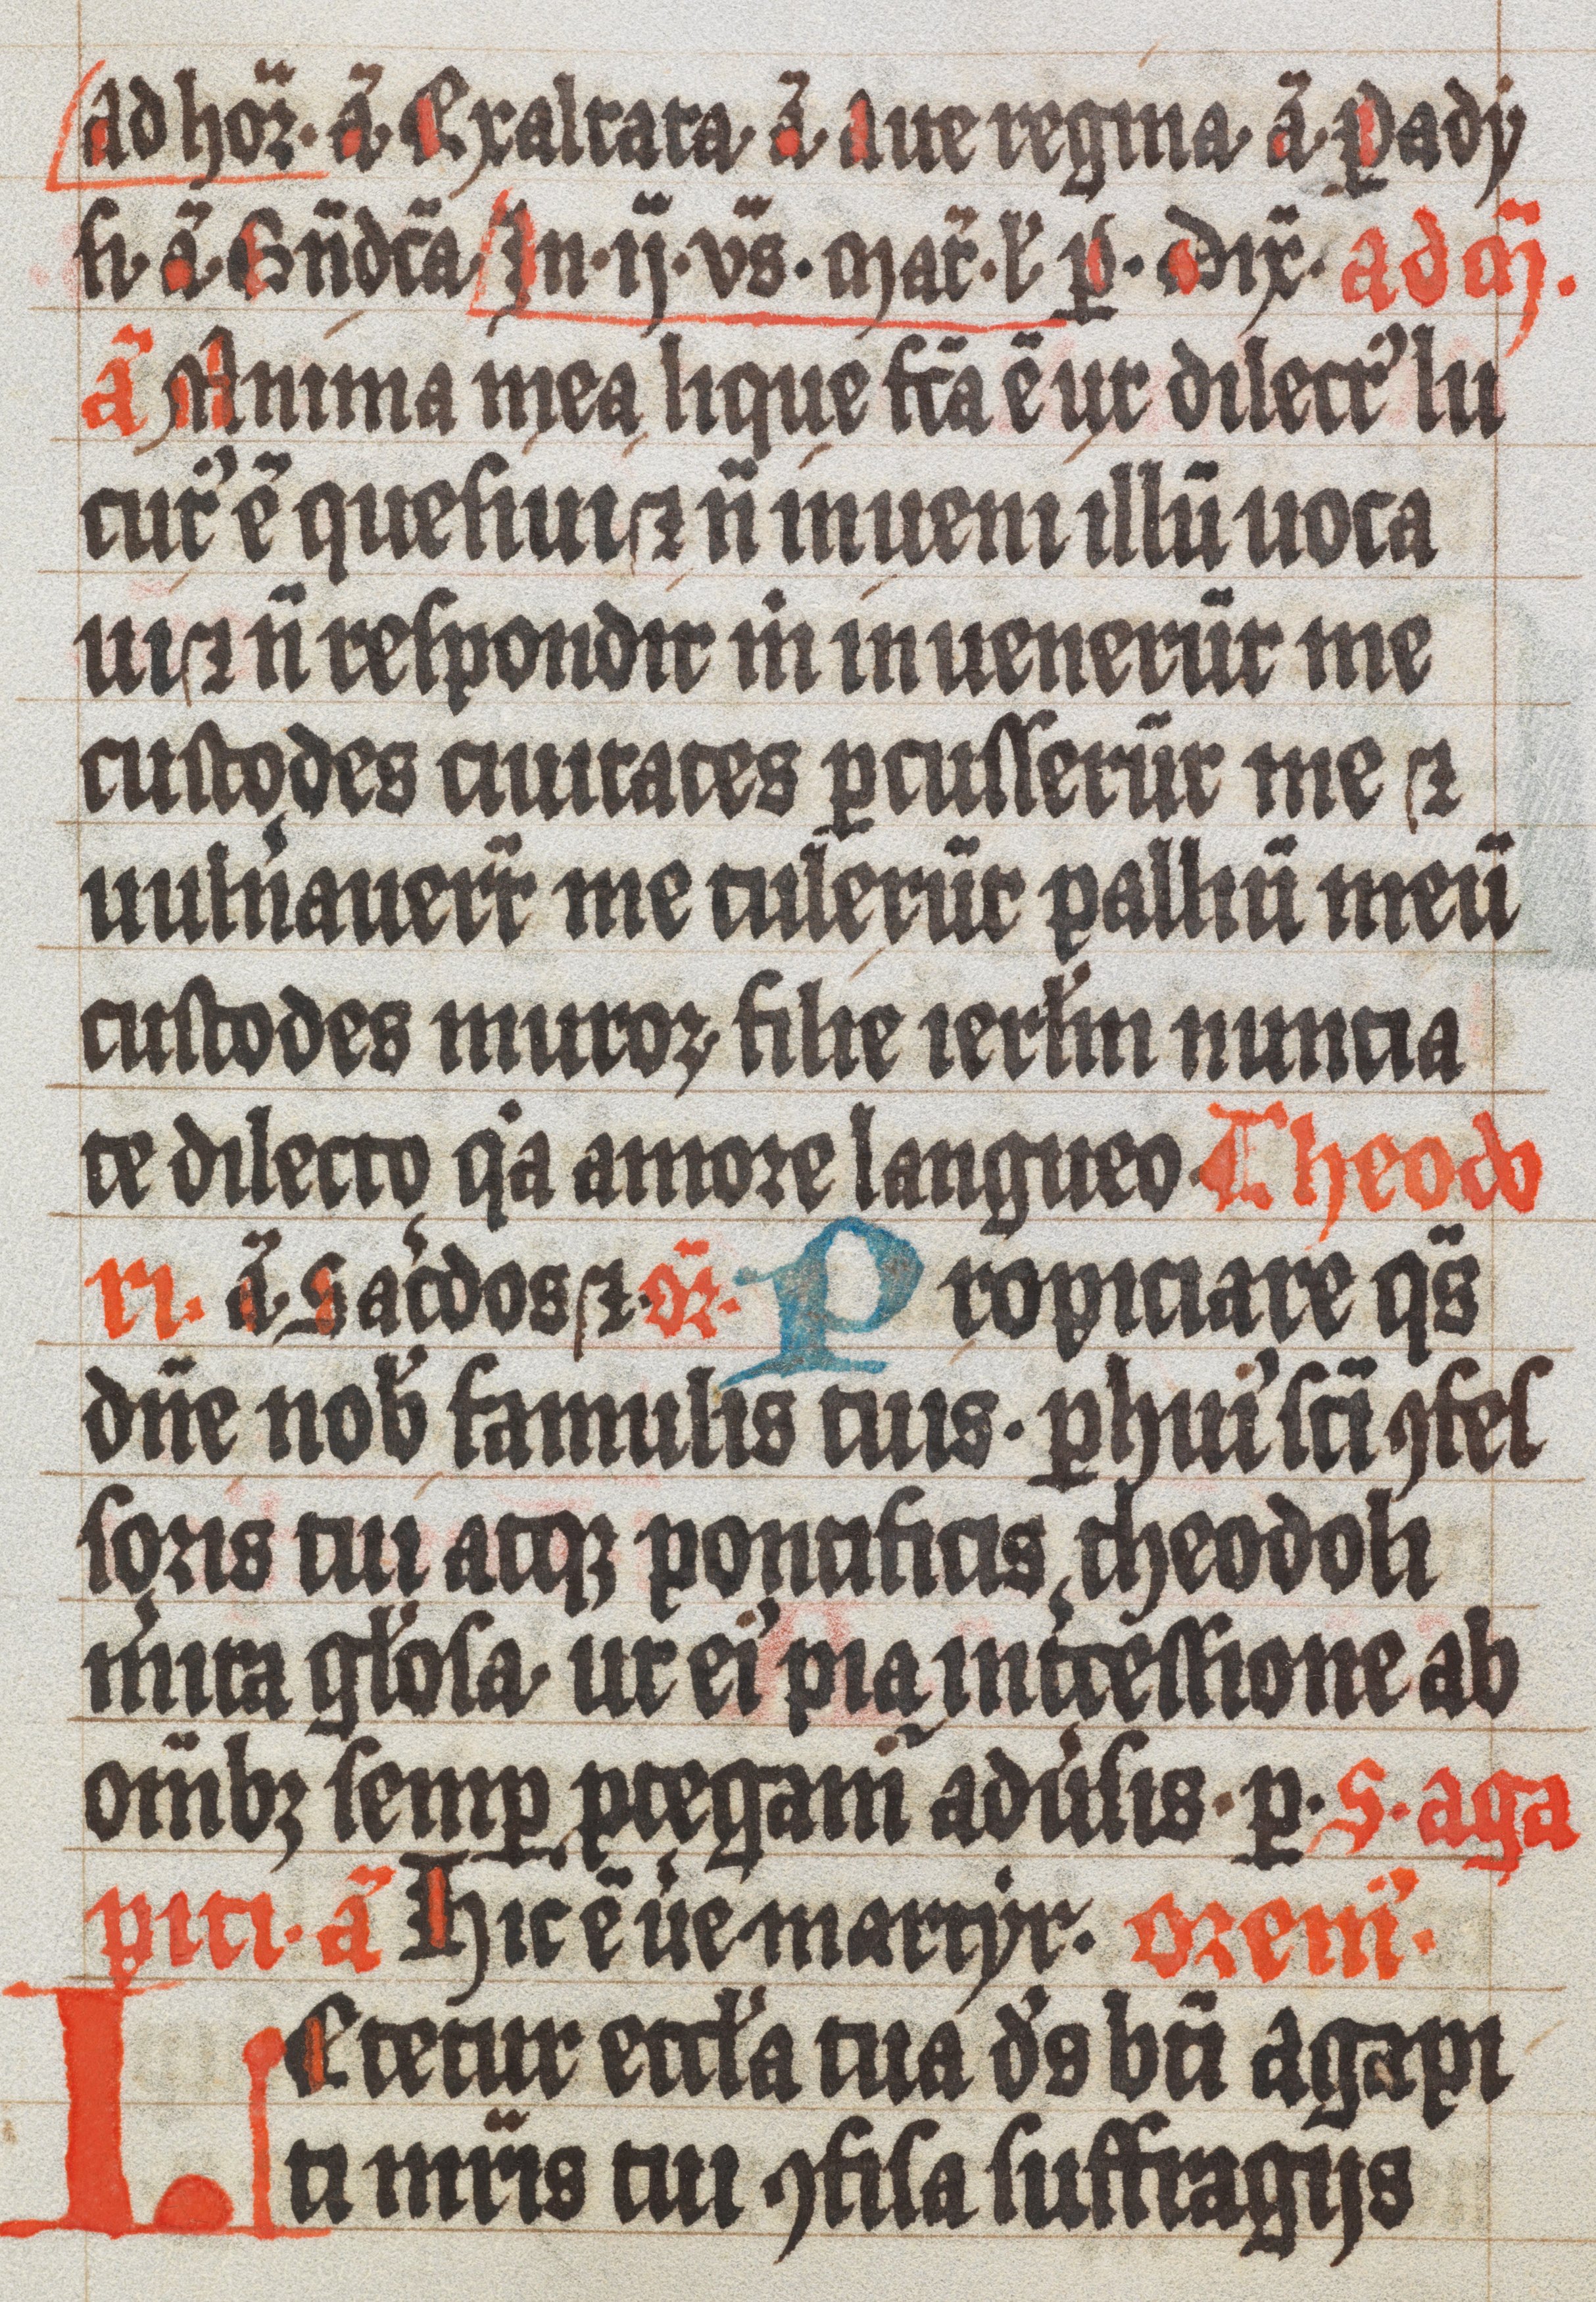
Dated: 1300–1499